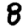
Digit: 8